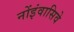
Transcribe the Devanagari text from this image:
नोंइंवासिवे